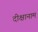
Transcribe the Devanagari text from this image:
दीक्षानाम